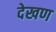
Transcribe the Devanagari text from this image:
देखण